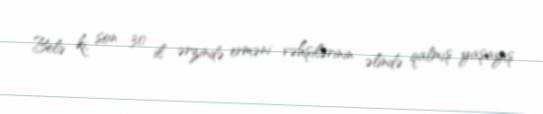
Belə ki, son 30 il ərzində erməni vəhşilərinin əlində qalmış yaşayış